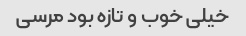
خیلی خوب و تازه بود مرسی